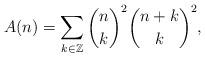
LaTeX: \begin{align*} A (n) = \sum_{k \in \mathbb{Z}} \binom{n}{k}^2 \binom{n + k}{k}^2, \end{align*}